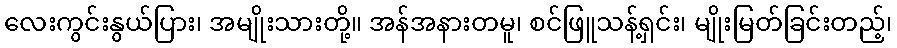
လေးကွင်းနွယ်ပြား၊ အမျိုးသားတို့။ အန်အနားတမူ၊ စင်ဖြူသန့်ရှင်း၊ မျိုးမြတ်ခြင်းတည့်၊